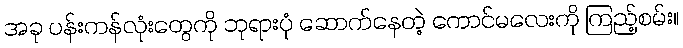
အခု ပန်းကန်လုံးတွေကို ဘုရားပုံ ဆောက်နေတဲ့ ကောင်မလေးကို ကြည့်စမ်း။